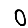
Digit: 0